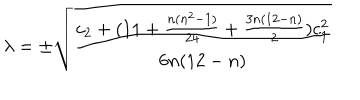
\lambda = \pm \sqrt { \frac { c _ { 2 } + ( 1 1 + \frac { n ( n ^ { 2 } - 1 ) } { 2 4 } + \frac { 3 n ( 1 2 - n ) } { 2 } ) c _ { 1 } ^ { 2 } } { 6 n ( 1 2 - n ) } }